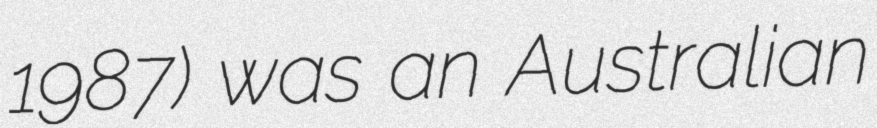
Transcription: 1987) was an Australian